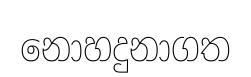
නොහදුනාගත